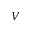
V